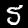
Digit: 5